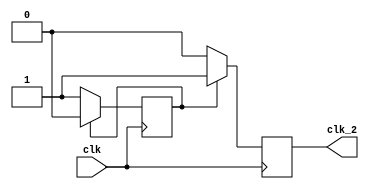
module clk_s2(clk,clk_2);//2
	input clk;
	output clk_2;
	reg a,clk_2;
	always@(posedge clk)
	begin
		if(a==1)
		 begin
			a <= 0;
			clk_2 <=1;
		 end
		else
		 begin
			a <= 1;
			clk_2 <=0;
		 end
	end
endmodule